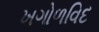
ખગોળવિદ